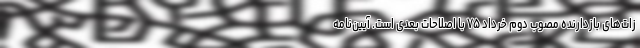
زات‌های بازدارنده مصوب دوم خرداد ۷۵ با اصلاحات بعدی است. آیین‌نامه